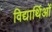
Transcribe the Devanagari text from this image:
विद्यार्थिओं